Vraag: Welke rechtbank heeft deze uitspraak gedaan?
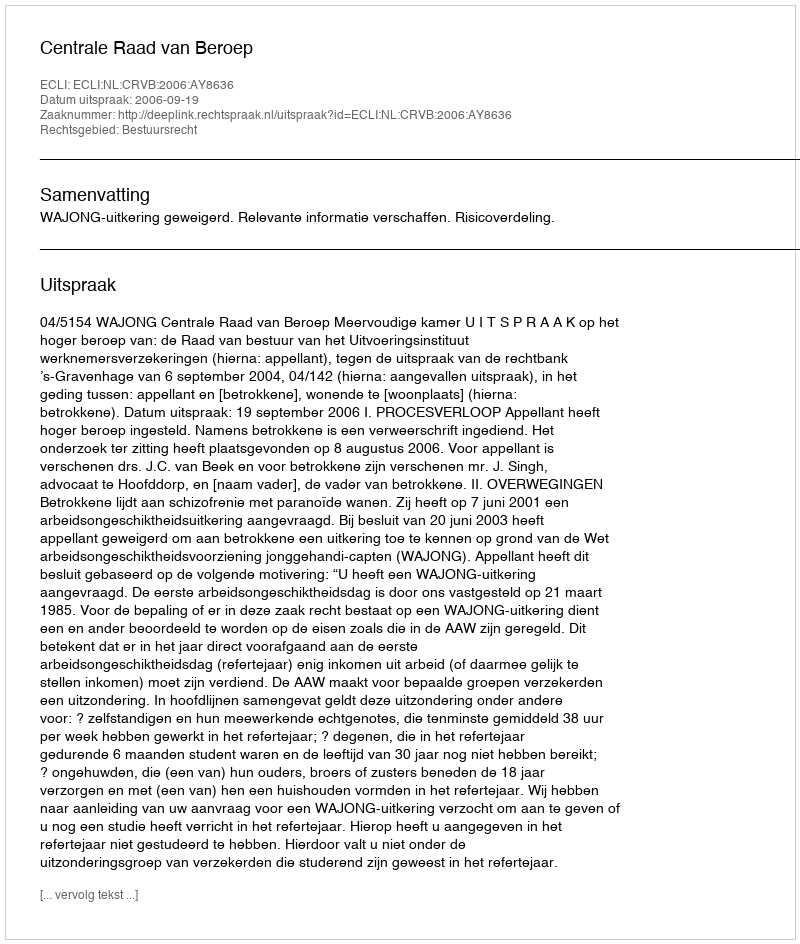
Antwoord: Centrale Raad van Beroep